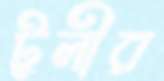
টুলীর